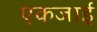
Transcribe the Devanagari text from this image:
एकजाई